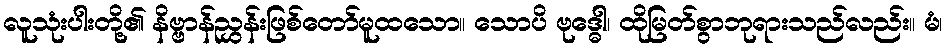
လူသုံးပါးတို့၏ နိဗ္ဗာန်ညွှန်းဖြစ်တော်မူထသော။ သောပိ ဗုဒ္ဓေါ၊ ထိုမြတ်စွာဘုရားသည်လည်း။ မံ၊